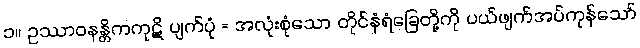
၁။ ဥဿာဝနန္တိကကုဋိ ပျက်ပုံ = အလုံးစုံသော တိုင်နံရံခြေတို့ကို ပယ်ဖျက်အပ်ကုန်သော်